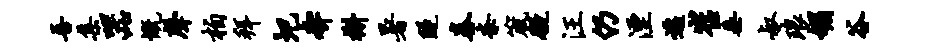
吾集器慨声柏拜圯奔槲暑隧舂紊箴碍汪仍湮迁崔垂叔琅媚谷